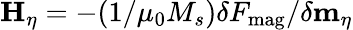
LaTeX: \mathbf{H}_{\eta}=-(1/\mu_{0}M_{s})\delta F_{\mathrm{mag}}/\delta\mathbf{m}_{\eta}